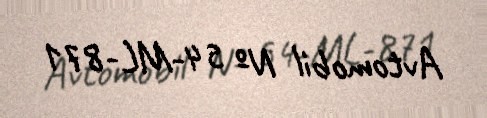
Avtomobil № 54-ML-871